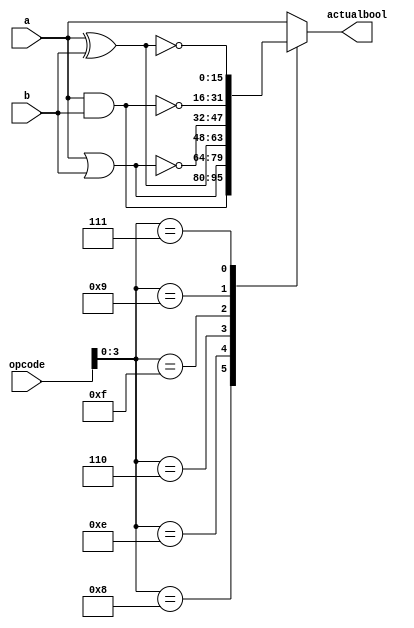
/*
   This file was generated automatically by the Mojo IDE version B1.3.6.
   Do not edit this file directly. Instead edit the original Lucid source.
   This is a temporary file and any changes made to it will be destroyed.
*/

module bool_20 (
    input [5:0] opcode,
    input [15:0] a,
    input [15:0] b,
    output reg [15:0] actualbool
  );
  
  
  
  always @* begin
    
    case (opcode[0+3-:4])
      4'h8: begin
        actualbool = a & b;
      end
      4'he: begin
        actualbool = a | b;
      end
      4'h6: begin
        actualbool = a ^ b;
      end
      4'ha: begin
        actualbool = a;
      end
      4'hf: begin
        actualbool = ~(a | b);
      end
      4'h9: begin
        actualbool = ~(a & b);
      end
      4'h7: begin
        actualbool = ~(a ^ b);
      end
      default: begin
        actualbool = a;
      end
    endcase
  end
endmodule